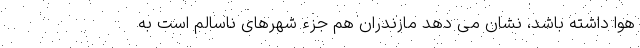
هوا داشته باشد، نشان می دهد مازندران هم جزء شهرهای ناسالم است به